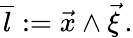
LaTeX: \overline{{{l}}}:=\vec{x}\wedge\vec{\xi}\, .